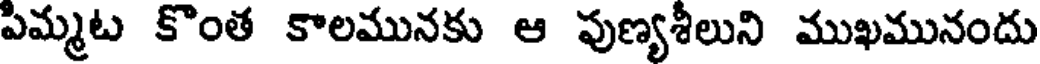
పిమ్మట కొంత కాలమునకు ఆ పుణ్యశీలుని ముఖమునందు